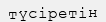
түсіретін